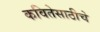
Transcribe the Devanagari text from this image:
कवितेसाठीचे